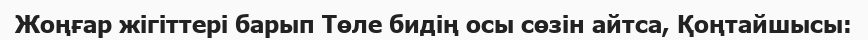
Жоңғар жігіттері барып Төле бидің осы сөзін айтса, Қоңтайшысы: